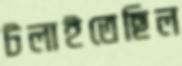
টলাইতেছিল